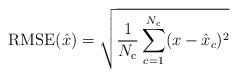
LaTeX: \begin{align*}\mathrm{RMSE}(\hat{x})=\sqrt{\frac{1}{N_{\mathrm{c}}}\sum_{c=1}^{N_{\mathrm{c}}}(x-\hat{x}_c)^2}\end{align*}